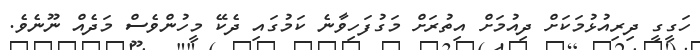
ހަގީގީ ދިރިއުޅުމަކަށް ދިއުމަށް އިތުރަށް މަގުފަހިވާނެ ކަމުގައި ދެކޭ މީހުންވެސް މަދެއް ނޫނެވެ.